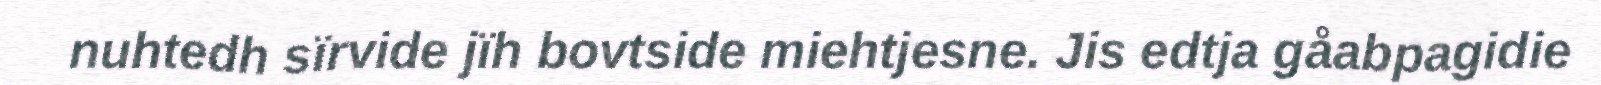
nuhtedh sïrvide jïh bovtside miehtjesne. Jis edtja gåabpagidie